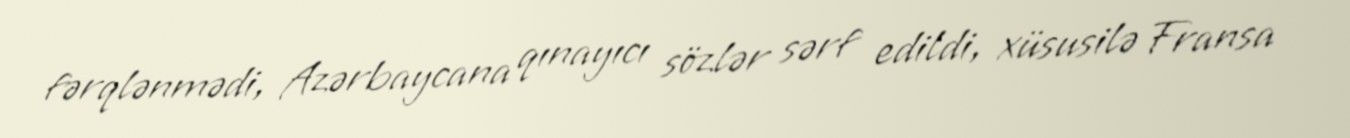
fərqlənmədi, Azərbaycana qınayıcı sözlər sərf edildi, xüsusilə Fransa